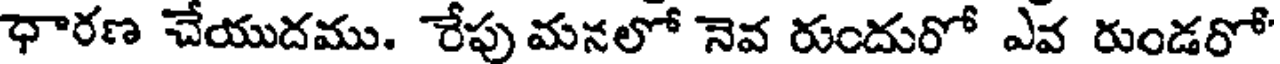
ధారణ చేయుదము. రేపు మనలో నెవ రుందురో ఎవ రుండరో